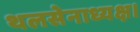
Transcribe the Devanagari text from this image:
थलसेनाध्यक्ष।